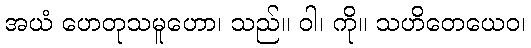
အယံ ဟေတုသမူဟော၊ သည်။ ဝါ၊ ကို။ သဟိတေယေဝ၊